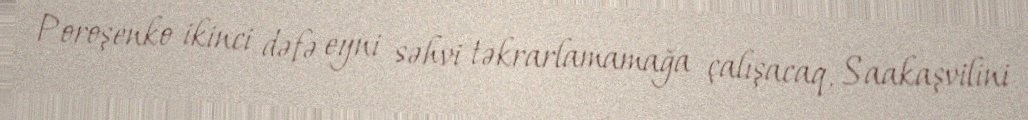
Poroşenko ikinci dəfə eyni səhvi təkrarlamamağa çalışacaq, Saakaşvilini